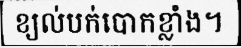
ខ្យល់បក់បោកខ្លាំង។